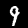
Label: 9